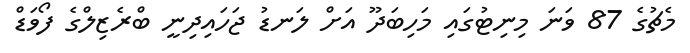
މެޗުގެ 87 ވަނަ މިނިޓުގައި މަހިބަދޫ އަށް ލަނޑު ޖަހައިދިނީ ބްރެޒިލްގެ ފޯވަޑް